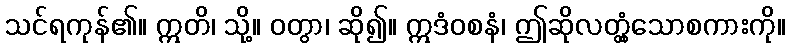
သင်ရကုန်၏။ ဣတိ၊ သို့။ ဝတွာ၊ ဆို၍။ ဣဒံဝစနံ၊ ဤဆိုလတ္တံ့သောစကားကို။